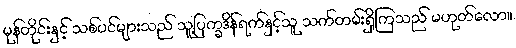
မုန်တိုင်းနှင့် သစ်ပင်များသည် သူ့ပြက္ခဒိန်ရက်နှင့်သူ သက်တမ်းရှိကြသည် မဟုတ်လော။